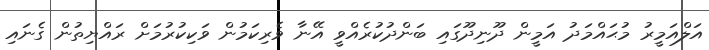
އަލްއަމީރު މުޙައްމަދު އަމީން ދޫނިދޫގައި ބަންދުކުރެއްވީ އޭނާ ވެރިކަމުން ވަކިކުރުމަށް ރައްޔިތުން ގެނައި